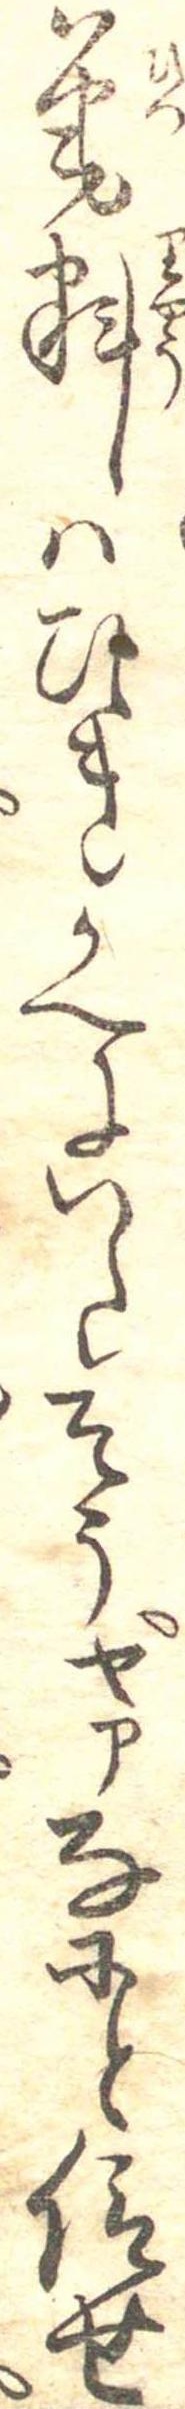
筆料はひきかへにいたそうヤァなにと仰せ